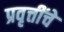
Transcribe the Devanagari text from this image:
प्रवृत्तींचे